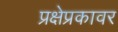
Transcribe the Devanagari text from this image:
प्रक्षेप्रकावर